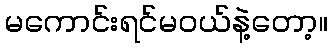
မကောင်းရင်မဝယ်နဲ့တော့။